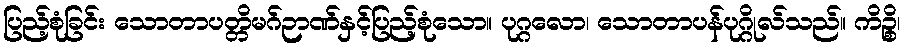
ပြည့်စုံခြင်း သောတာပတ္တိမဂ်ဉာဏ်နှင့်ပြည့်စုံသော။ ပုဂ္ဂလော၊ သောတာပန်ပုဂ္ဂိုလ်သည်။ ကိဉ္စိ၊